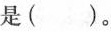
是()。